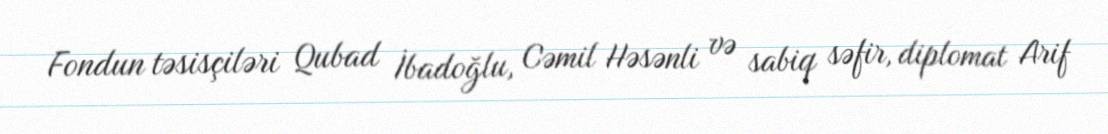
Fondun təsisçiləri Qubad İbadoğlu, Cəmil Həsənli və sabiq səfir, diplomat Arif